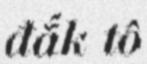
đắk tô